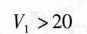
$$V _ { 1 } > 2 0$$